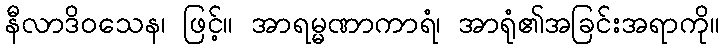
နီလာဒိဝသေန၊ ဖြင့်။ အာရမ္မဏာကာရံ၊ အာရုံ၏အခြင်းအရာကို။